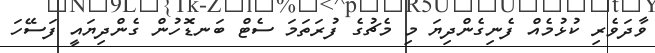
ވާދަވެރި ކުޅުމެއް ފެނިގެންދިޔަ މި މެޗުގެ ފުރަތަމަ ސެޓް ބަނޑޮހުން ގެންދިޔައީ ފަސޭހަ